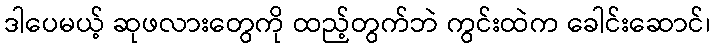
ဒါပေမယ့် ဆုဖလားတွေကို ထည့်တွက်ဘဲ ကွင်းထဲက ခေါင်းဆောင်၊